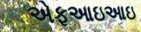
એફઆઇઆઇ